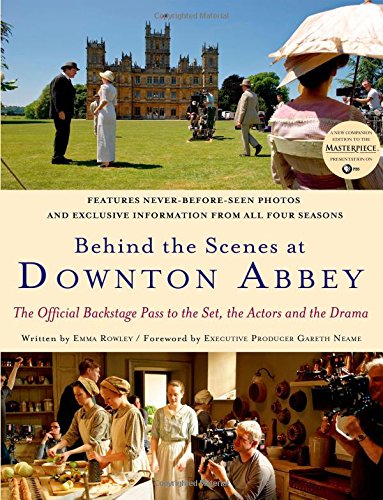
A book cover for Behind the Scenes at Downton Abbey; Emma Rowley; Humor & Entertainment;